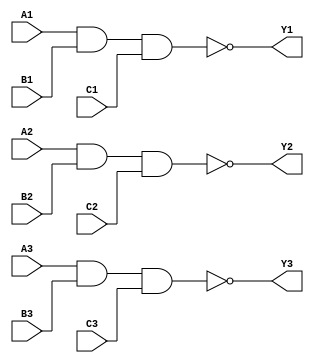
`timescale 1ns / 1ps
//////////////////////////////////////////////////////////////////////////////////
// Company: Xilinx
// 
// Design Name: digital_base_IP
// Module Name: tri_3_input_nand_gate
// Project Name: 74LS10
// Target Devices: Basys3
// Tool Versions: 
// Description: 
// 
// Dependencies: 
// 
// Revision:
// Revision 0.01 - File Created
// Additional Comments:
// 
//////////////////////////////////////////////////////////////////////////////////


module tri_3_input_nand_gate#(parameter Delay = 0)(
    input wire A1,B1,C1,A2,B2,C2,A3,B3,C3,
    output wire Y1,Y2,Y3
    );
    
    nand #Delay (Y1,A1,B1,C1);
    nand #Delay (Y2,A2,B2,C2);
    nand #Delay (Y3,A3,B3,C3);
    
endmodule